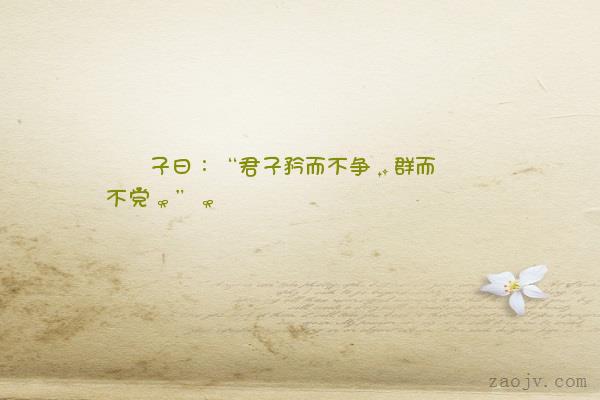
君子矜而不争，群而不党。